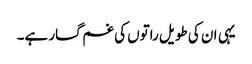
یہی ان کی طویل راتوں کی غم گسار ہے۔